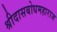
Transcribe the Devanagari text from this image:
श्रीदासबोधमहाराज